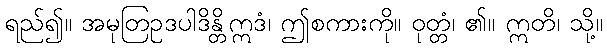
ရည်၍။ အမုတြဥဒပါဒိန္တိဣဒံ၊ ဤစကားကို။ ဝုတ္တံ၊ ၏။ ဣတိ၊ သို့။